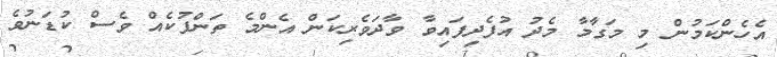
އެހެންކަމުން މި މަގާމާ މެދު އުފެދިފައިވާ ވާދަވެރިކަން އެންމެ ތަންފުކެއް ވެސް ކުޑަނުވެ